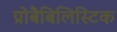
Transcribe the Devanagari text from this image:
प्रोबैबिलिस्टिक